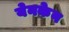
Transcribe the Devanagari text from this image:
येनकेन